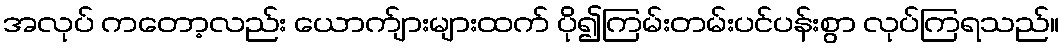
အလုပ် ကတော့လည်း ယောက်ျားများထက် ပို၍ကြမ်းတမ်းပင်ပန်းစွာ လုပ်ကြရသည်။